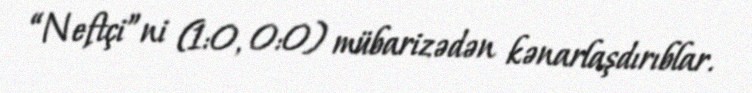
“Neftçi”ni (1:0, 0:0) mübarizədən kənarlaşdırıblar.